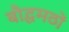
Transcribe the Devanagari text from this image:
बौद्धमठों